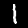
Label: 1